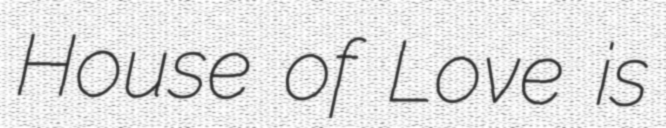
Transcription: House of Love is